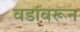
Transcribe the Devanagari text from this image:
वडांवरून